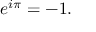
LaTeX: e ^ { i \pi } = - 1 .